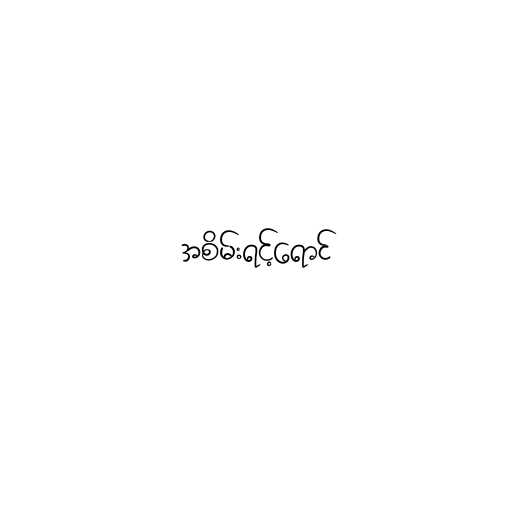
အစိမ်းရင့်ရောင်